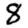
Digit: 8